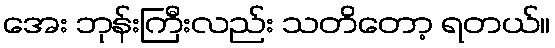
အေး ဘုန်းကြီးလည်း သတိတော့ ရတယ်။